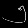
Digit: ၅